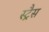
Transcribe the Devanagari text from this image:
स्ट्रैस